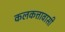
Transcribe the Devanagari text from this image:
कलकत्तावासी